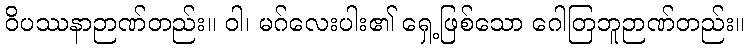
ဝိပဿနာဉာဏ်တည်း။ ဝါ၊ မဂ်လေးပါး၏ ရှေ့ဖြစ်သော ဂေါတြဘူဉာဏ်တည်း။